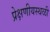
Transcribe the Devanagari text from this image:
प्रेक्षणीयस्थळी